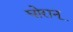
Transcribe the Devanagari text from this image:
घोरान्